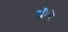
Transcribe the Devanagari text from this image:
झैरे